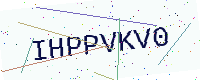
Text: IHPPVKV0